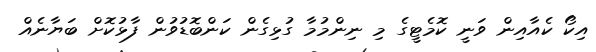
އިކޯ ކެއާއިން ވަނީ ކޮމެޓީގެ މި ނިންމުމާ ގުޅިގެން ކަންބޮޑުވުން ފާޅުކޮށް ބަޔާނެއް